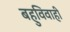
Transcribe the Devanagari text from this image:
बहुविवाही